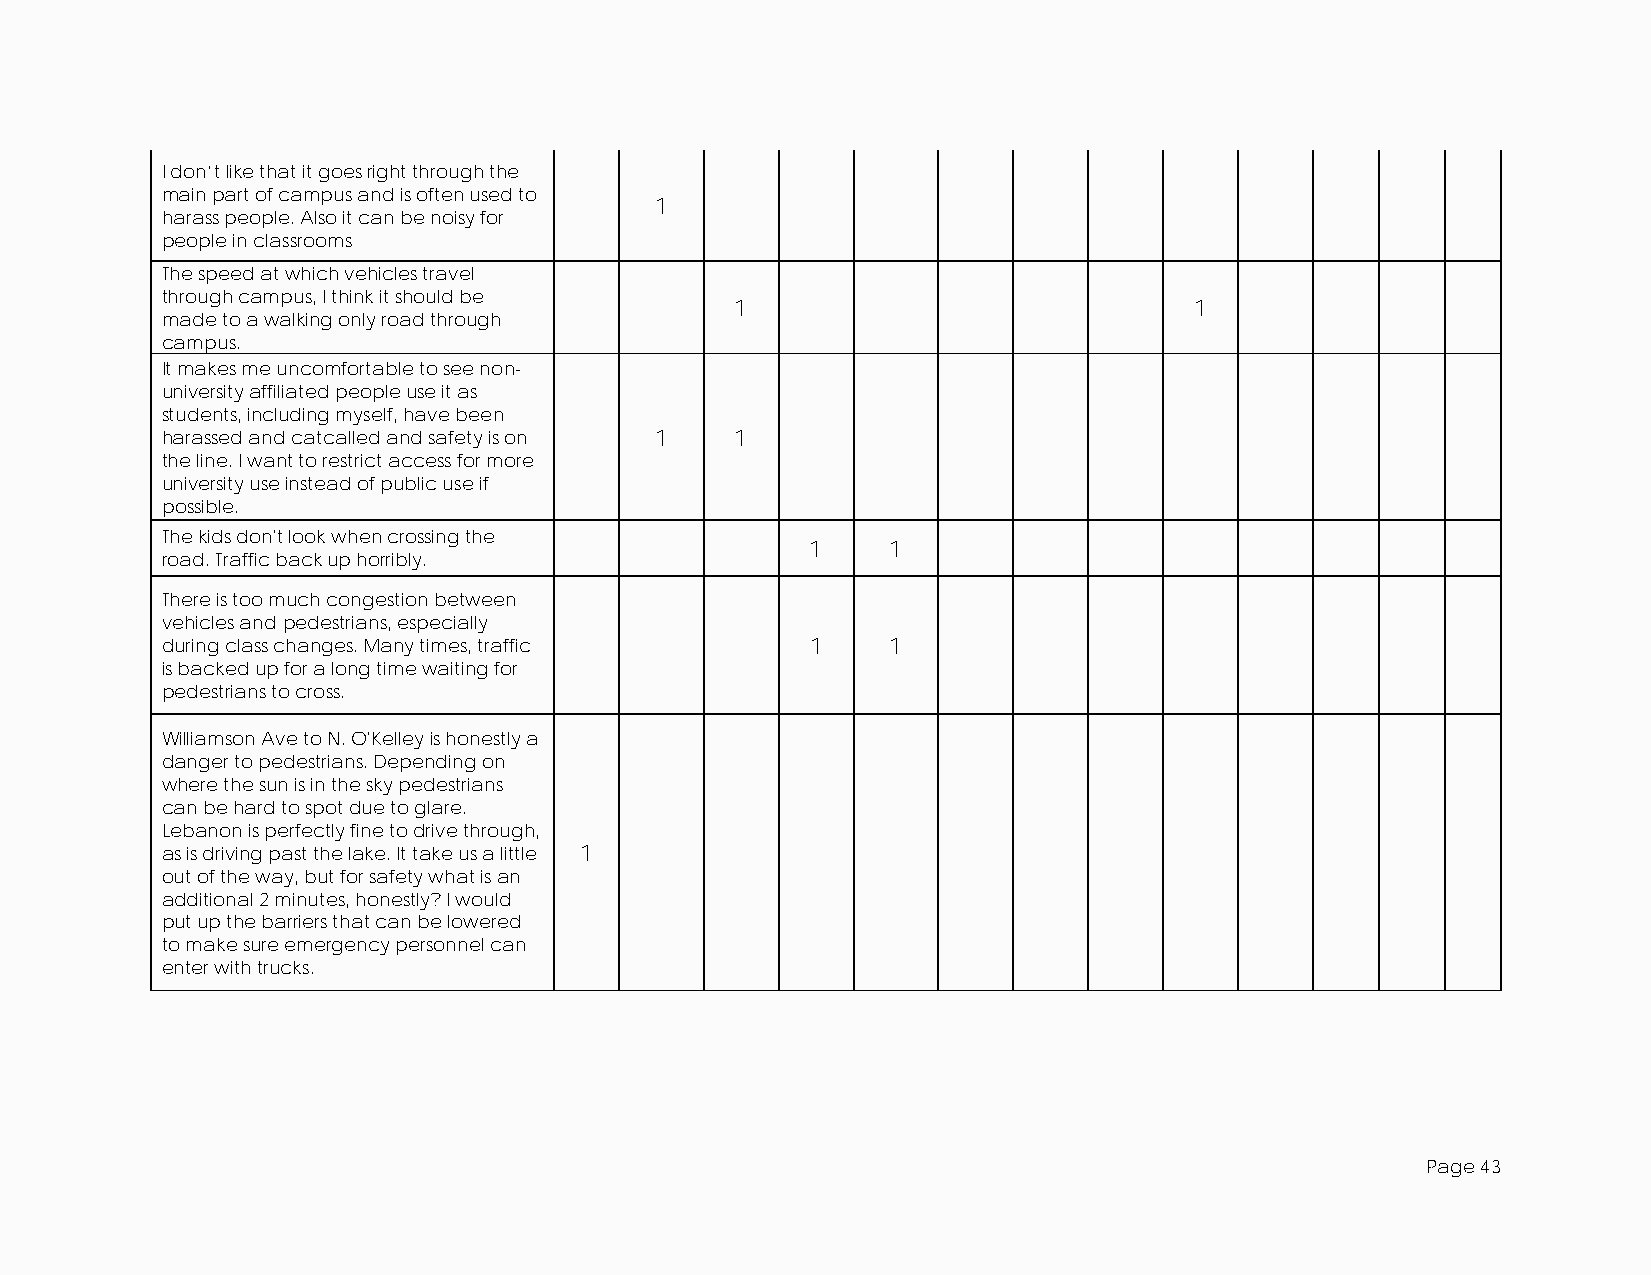
I don’t like that it goes right through the
 main part of campus and is often used to
 1
 harass people. Also it can be noisy for
 people in classrooms
 The speed at which vehicles travel
 through campus, I think it should be
 1                             1
 made to a walking only road through
 campus.
 It makes me uncomfortable to see non-
 university affiliated people use it as
 students, including myself, have been
 harassed and catcalled and safety is on 1 1
 the line. I want to restrict access for more
 university use instead of public use if
 possible.
 The kids don't look when crossing the
 1    1
 road. Traffic back up horribly.
 There is too much congestion between
 vehicles and pedestrians, especially
 during class changes. Many times, traffic  1    1
 is backed up for a long time waiting for
 pedestrians to cross.
 Williamson Ave to N. O'Kelley is honestly a
 danger to pedestrians. Depending on
 where the sun is in the sky pedestrians
 can be hard to spot due to glare.
 Lebanon is perfectly fine to drive through,
 as is driving past the lake. It take us a little 1
 out of the way, but for safety what is an
 additional 2 minutes, honestly? I would
 put up the barriers that can be lowered
 to make sure emergency personnel can
 enter with trucks.
 Page 43